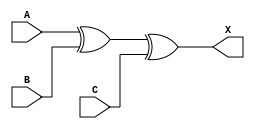
module sky130_fd_sc_ms__xor3 (
    X,
    A,
    B,
    C
);

    // Module ports
    output X;
    input  A;
    input  B;
    input  C;

    // Local signals
    wire xor0_out_X;

    //  Name  Output      Other arguments
    xor xor0 (xor0_out_X, A, B, C        );
    buf buf0 (X         , xor0_out_X     );

endmodule